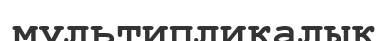
мультипликалық